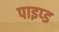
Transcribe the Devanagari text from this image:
पाइप्ड